Vaccination United Provinces of Agra and Oudh 1923-1928 - 1923-1928
Year: 1923
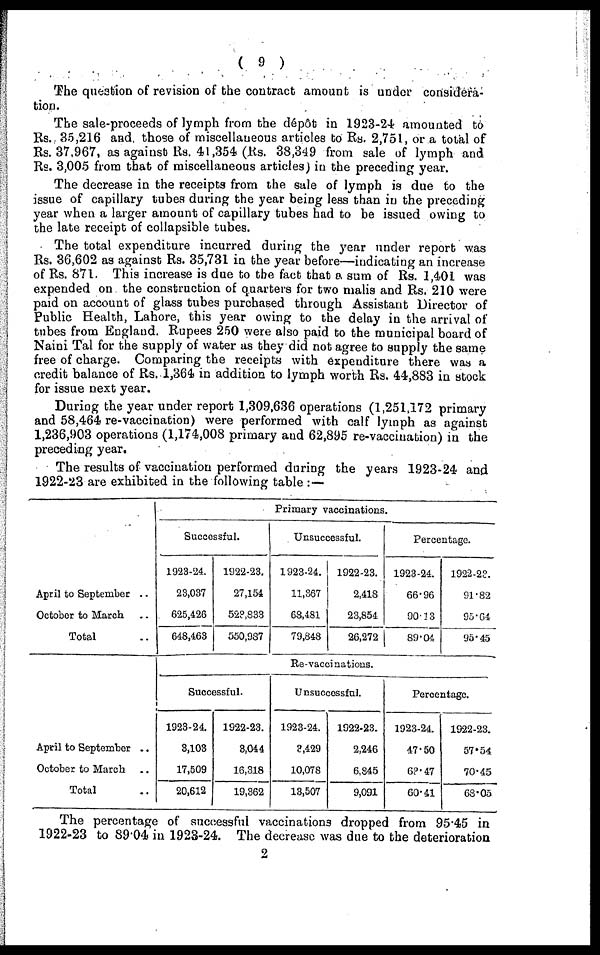
( 9 )
The question of revision of the contract amount is under considera-
tion.
The sale-proceeds of lymph from the dépôt in 1923-24 amounted to
Rs. 35,216 and those of miscellaneous articles to Rs. 2,751, or a total of
Rs. 37,967, as against Rs. 41,354 (Rs. 38,349 from sale of lymph and
Rs. 3,005 from that of miscellaneous articles) in the preceding year.
The decrease in the receipts from the sale of lymph is due to the
issue of capillary tubes during the year being less than in the preceding
year when a larger amount of capillary tubes had to be issued owing to
the late receipt of collapsible tubes.
The total expenditure incurred during the year under report was
Rs. 36,602 as against Rs. 35,731 in the year before—indicating an increase
of Rs. 871 This increase is due to the fact that a. sum of Rs. 1,401 was
expended on the construction of quarters for two malis and Rs. 210 were
paid on account of glass tubes purchased through Assistant Director of
Public Health, Lahore, this year owing to the delay in the arrival of
tubes from England. Rupees 250 were also paid to the municipal board of
Naini Tal for the supply of water as they did not agree to supply the same
free of charge. Comparing the receipts with expenditure there was a
credit balance of Rs. 1,364 in addition to lymph worth Rs. 44,883 in stock
for issue next year.
During the year under report 1,309,636 operations (1,251,172 primary
and 58,464 re-vaccination) were performed with calf lymph as against
1,236,903 operations (1,174,008 primary and 62,895 re-vaccination) in the
preceding year.
The results of vaccination performed during the years 1923-24 and
1922-23 are exhibited in the following table : —
April to September ..
October to March ..
Total ..
April to September ..
October to March ..
Total ..
Primary vaccinations.
Successful.
1923-24.
23,037
625,426
648,463
1922-23.
27,154
523,833
550,987
Unsuccessful.
1923-24.
11,367
68,481
79,848
1922-23.
2,418
23,854
26,272
Percentage.
1923-24.
66.96
90 .13
89.04
1922-23.
91.82
95.64
95.45
Re-vaccinations.
Successful
1923-24.
3,103
17,509
20,612
1922-23.
3,044
16,318
19,362
Unsuccessful.
1923-24.
3,429
10,078
13,507
1922-23.
2,246
6,845
9,091
Percentage.
1923-24.
47.50
63.47
60.41
1922-23.
57.54
70.45
68.05
The percentage of successful vaccinations dropped from 95.45 in
1922-23 to 89.04 in 1923-24. The decrease was due to the deterioration
2